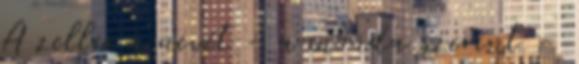
A zeller a nevét − a monda szerint −